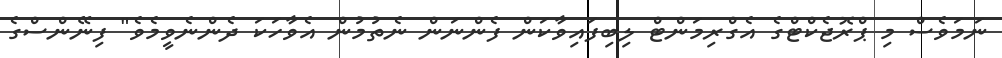
ނަމަވެސް މި ޕްރޮޖެކްޓްގެ އެގްރިމަންޓް ލިބިފައިވާކަން ފެންނަން ނެތުމުން އެވާހަކަ ދެންނެވީމެވެ" ފިނޭންސްގެ